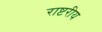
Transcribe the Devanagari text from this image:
राष्टरीय